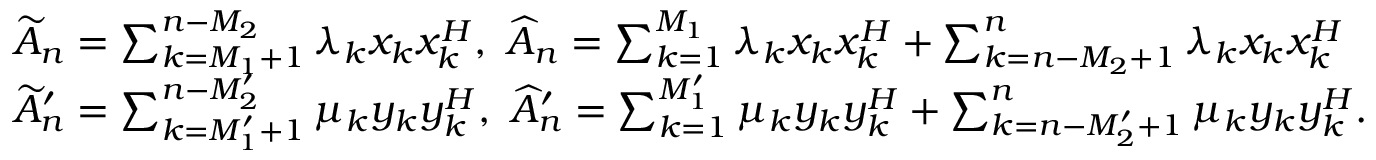
\begin{array} { r l } & { \widetilde { A } _ { n } = \sum _ { k = M _ { 1 } + 1 } ^ { n - M _ { 2 } } \lambda _ { k } x _ { k } x _ { k } ^ { H } , ~ \widehat { A } _ { n } = \sum _ { k = 1 } ^ { M _ { 1 } } \lambda _ { k } x _ { k } x _ { k } ^ { H } + \sum _ { k = n - M _ { 2 } + 1 } ^ { n } \lambda _ { k } x _ { k } x _ { k } ^ { H } \mathrm { ~ κ α ι } } \\ & { \widetilde { A } _ { n } ^ { \prime } = \sum _ { k = M _ { 1 } ^ { \prime } + 1 } ^ { n - M _ { 2 } ^ { \prime } } \mu _ { k } y _ { k } y _ { k } ^ { H } , ~ \widehat { A } _ { n } ^ { \prime } = \sum _ { k = 1 } ^ { M _ { 1 } ^ { \prime } } \mu _ { k } y _ { k } y _ { k } ^ { H } + \sum _ { k = n - M _ { 2 } ^ { \prime } + 1 } ^ { n } \mu _ { k } y _ { k } y _ { k } ^ { H } . } \end{array}